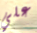
علي